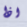
اذا